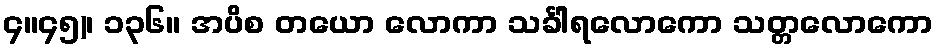
၄။၄၅)၊ ၁၃၆။ အပိစ တယော လောကာ သင်္ခါရလောကော သတ္တလောကော